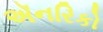
ઍનરિકો